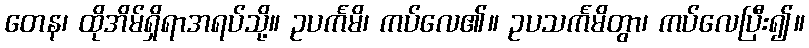
တေန၊ ထိုအိမ်ရှိရာအရပ်သို့။ ဥပင်္ကမိ၊ ကပ်လေ၏။ ဥပသင်္ကမိတွာ၊ ကပ်လေပြီး၍။